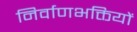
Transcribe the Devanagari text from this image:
निर्वाणभक्तियों